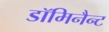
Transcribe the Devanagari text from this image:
डॉमिनैन्ट